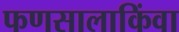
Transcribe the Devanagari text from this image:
फणसालाकिंवा